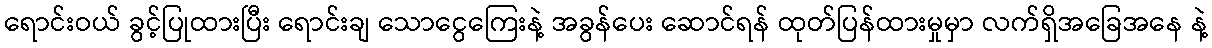
ရောင်းဝယ် ခွင့်ပြုထားပြီး ရောင်းချ သောငွေကြေးနဲ့ အခွန်ပေး ဆောင်ရန် ထုတ်ပြန်ထားမှုမှာ လက်ရှိအခြေအနေ နဲ့